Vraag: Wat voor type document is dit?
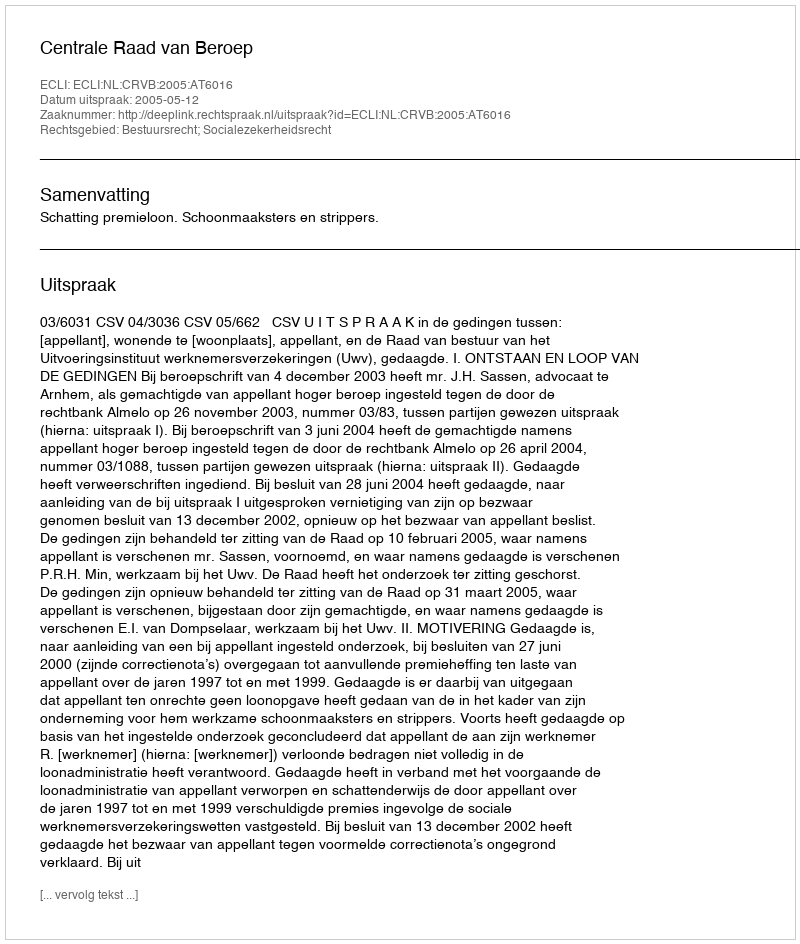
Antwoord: Uitspraak